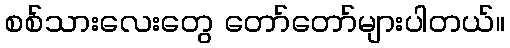
စစ်သားလေးတွေ တော်တော်များပါတယ်။